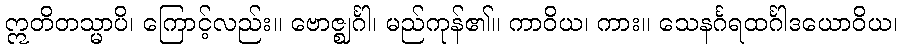
ဣတိတသ္မာပိ၊ ကြောင့်လည်း။ ဗောဇ္ဈင်္ဂါ၊ မည်ကုန်၏။ ကာဝိယ၊ ကား။ သေနင်္ဂရထင်္ဂါဒယောဝိယ၊